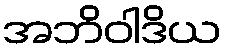
အဘိဝါဒိယ